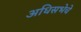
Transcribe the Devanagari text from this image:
अधिसभेचे